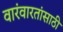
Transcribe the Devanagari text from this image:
वारंवारतांसाठी